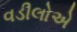
વડીલોએ